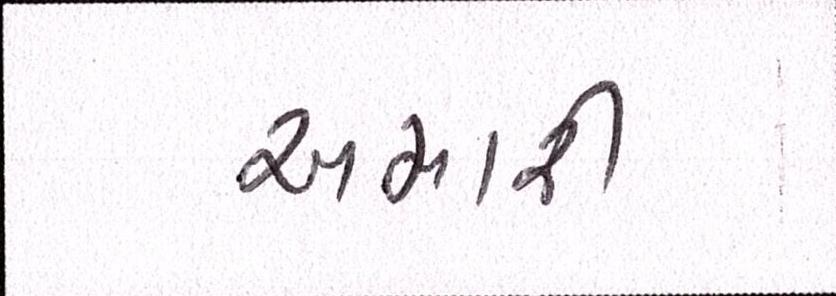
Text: અમારી